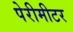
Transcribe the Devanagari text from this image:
पेरीमीटर